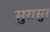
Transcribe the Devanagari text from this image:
सुरासुर